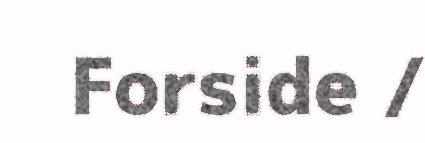
Forside /